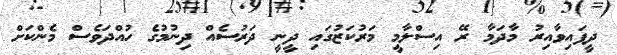
ދީފައިވާއިރު މާދަމާ ރޭ އިސްލާމީ މަރުކަޒުގައި ދީނީ ދަރުސެއް ދިނުމުގެ ހުއްދަވެސް މެންކަށް